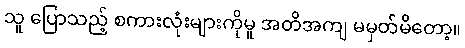
သူ ပြောသည့် စကားလုံးများကိုမူ အတိအကျ မမှတ်မိတော့။